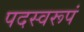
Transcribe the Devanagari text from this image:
पदस्वरूपं